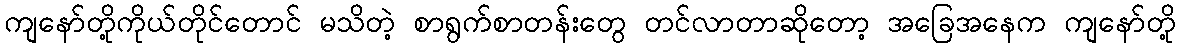
ကျနော်တို့ကိုယ်တိုင်တောင် မသိတဲ့ စာရွက်စာတန်းတွေ တင်လာတာဆိုတော့ အခြေအနေက ကျနော်တို့